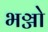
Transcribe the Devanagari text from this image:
भञ्जो